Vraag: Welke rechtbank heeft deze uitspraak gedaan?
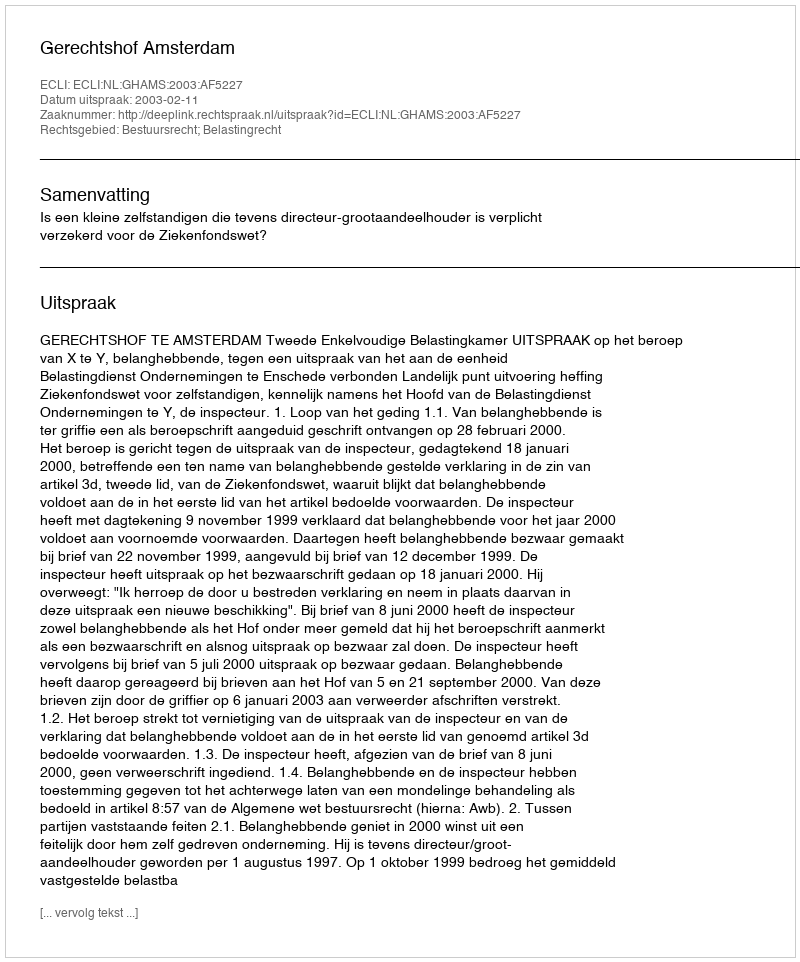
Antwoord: Gerechtshof Amsterdam